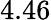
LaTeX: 4.46